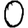
Digit: 0